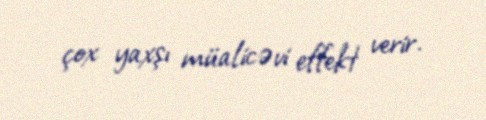
çox yaxşı müalicəvi effekt verir.